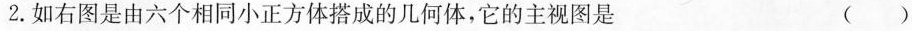
2.如右图是由六个相同小正方体搭成的几何体，它的主视图是（）